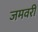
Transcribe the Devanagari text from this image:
जमवरी